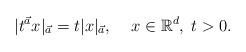
LaTeX: \begin{align*}|t^{\vec{a}}x|_{\vec{a}}=t|x|_{\vec{a}},\;\;\;\;x\in\mathbb{R}^d,\;t>0.\end{align*}